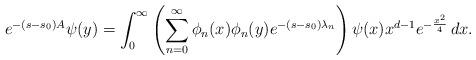
LaTeX: \begin{align*} e^{-( s- s_0) A}\psi(y)&=\int_0^\infty\left(\sum_{n=0}^\infty\phi_n(x)\phi_n(y)e^{-( s- s_0)\lambda_n}\right)\psi(x)x^{d-1}e^{-\frac{x^2}{4}}\,dx. \end{align*}